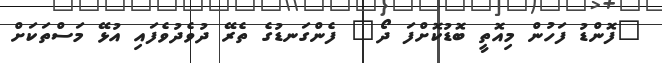
"ފޮންޑު ފަހުން މިއޮތީ ބޮޑުކޮށްފަ ދޯ" ފެންގަނޑުގެ ތެރޭ ދުވެދުވެފައި އުޅޭ މަސްތަކަށް